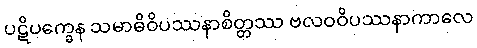
ပဋိပက္ခေန သမာဓိဝိပဿနာစိတ္တဿ ဗလဝဝိပဿနာကာလေ